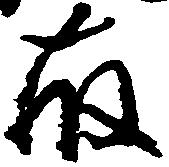
藤